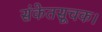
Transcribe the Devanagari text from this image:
संकेतसूचक।